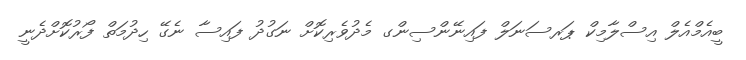
ބީއެމްއެލް އިސްލާމިކް ޕަރސަނަލް ފައިނޭންސިންގ މެދުވެރިކޮށް ނަގުދު ފައިސާ ނެގޭ ހިދުމަތް ފޯރުކޮށްދެނީ